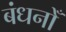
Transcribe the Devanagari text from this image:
बंधनोँ